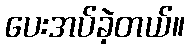
ပေးအပ်ခဲ့တယ်။